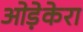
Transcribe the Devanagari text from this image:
ओड़ेकेरा